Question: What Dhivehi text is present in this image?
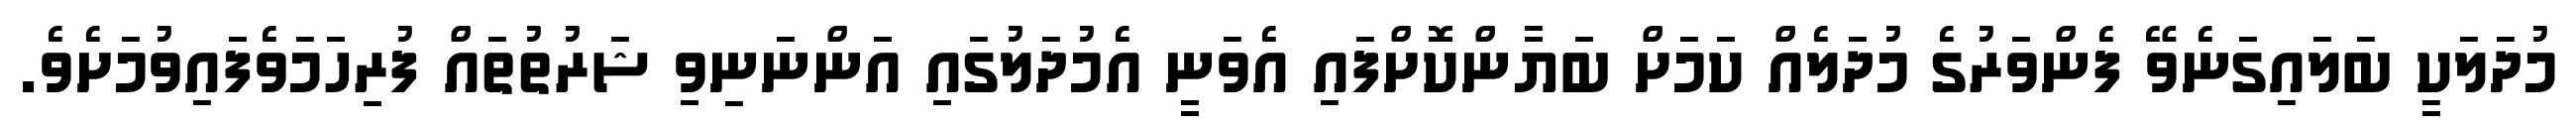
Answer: މުދަލަކީ ބަލައިގަނެވޭ ފެންވަރުގެ މުދަލެއް ކަމަށް ބަޔާންކޮށްފައި އެވަނީ އެމުދަލުގައި އަންނަނިވި ޝަރުތުތައް ފުރިހަމަވެފައިވުމަށެވެ.